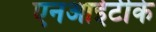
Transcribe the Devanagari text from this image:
एनआईटीके